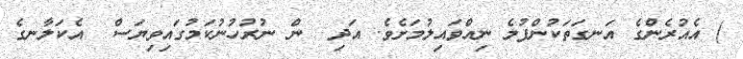
) އެއުރެންގެ އަނގަތަކުންފުމެ ނިއްވައިލުމަށެވެ. އަދި  ން ނުރުހުނުކަމުގައިވިޔަސް  އެކަލާނގެ